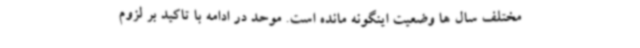
مختلف سال ها وضعیت اینگونه مانده است. موحد در ادامه با تاکید بر لزوم